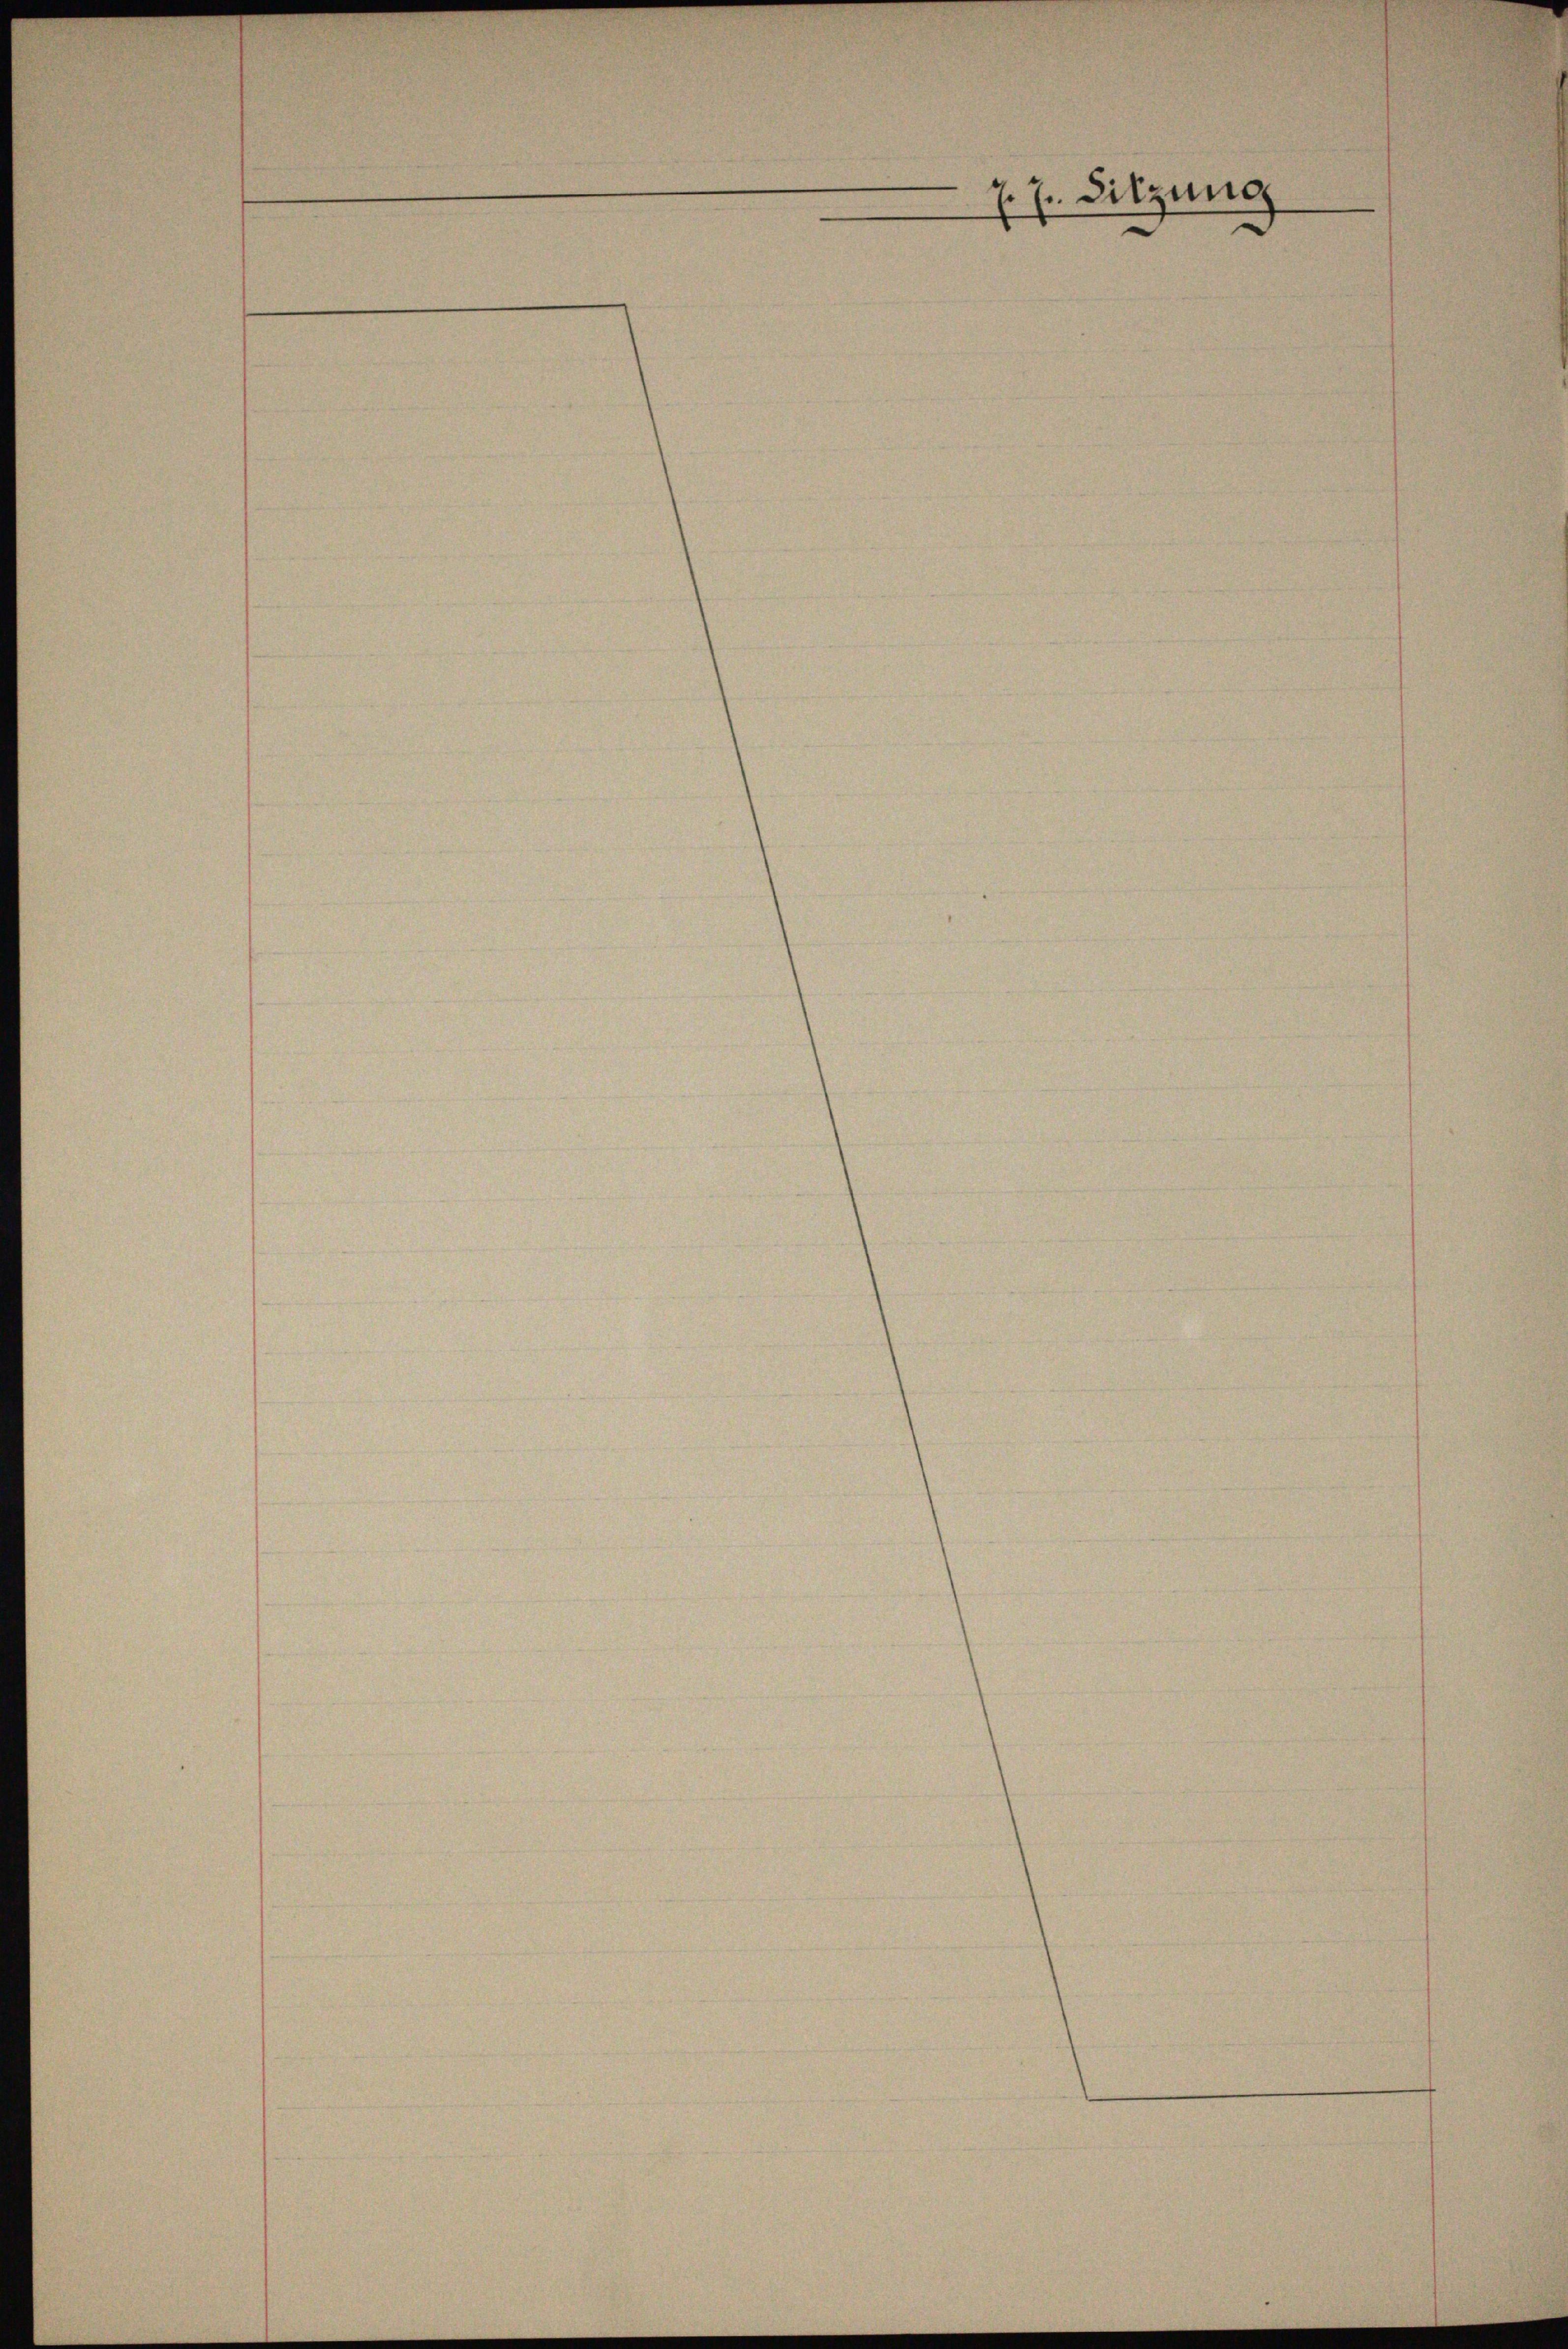
Sitzung